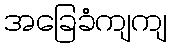
အခြေခံကျကျ